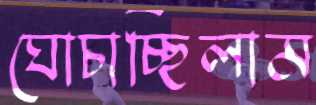
ঘোচাচ্ছিলাম